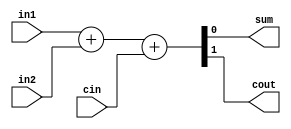
module f_adder(in1, in2, cin, sum, cout);
	input in1;
	input in2;
	input cin;
	output sum;
	output cout;
	reg sum, cout;

	always @* begin
		{cout, sum} = in1 + in2 + cin;
	end

endmodule